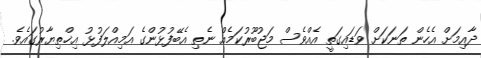
ދާއިމަށް އެހެން ތަނަކަށް ވަޑައިގަތީ އެއްވެސް މަޖުބޫރުކަމެއް ނެތި އެބޭފުޅުންގެ އަމިއްލަފުޅު އިޚްތިޔާރުގައެވެ.